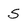
Character: S